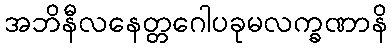
အဘိနီလနေတ္တဂေါပခုမလက္ခဏာနိ